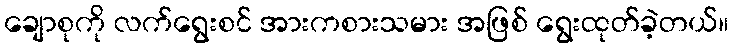
ချောစုကို လက်ရွေးစင် အားကစားသမား အဖြစ် ရွေးထုတ်ခဲ့တယ်။